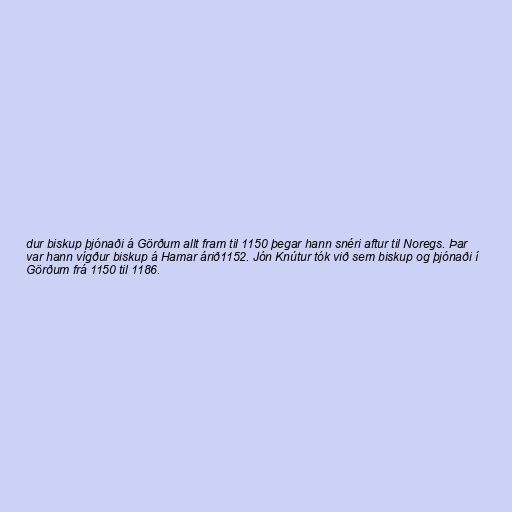
dur biskup þjónaði á Görðum allt fram til 1150 þegar hann snéri aftur til Noregs. Þar
var hann vígður biskup á Hamar árið1152. Jón Knútur tók við sem biskup og þjónaði í
Görðum frá 1150 til 1186.